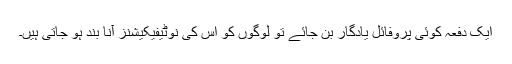
ایک دفعہ کوئی پروفائل یادگار بن جائے تو لوگوں کو اس کی نوٹیفیکیشنز آنا بند ہو جاتی ہیں۔